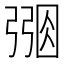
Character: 𢐑